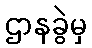
ဌာနခွဲမှ